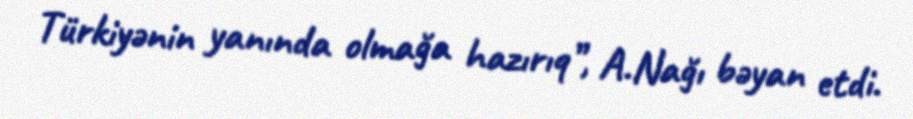
Türkiyənin yanında olmağa hazırıq”, A.Nağı bəyan etdi.